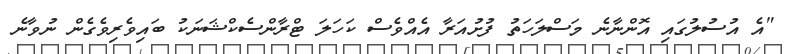
"އެ އުސުލުގައި އޮންނާނެ މަސްލަހަތު ފުށުއަރާ އެއްވެސް ކަހަލަ ޓްރާންސެކްޝަނަކު ބައިވެރިވެގެން ނުވާނެ